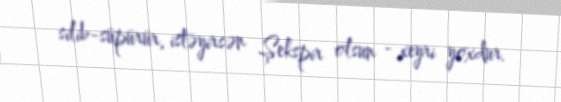
silib-süpürür, istəyirsən Şekspir olsun - xeyri yoxdur.